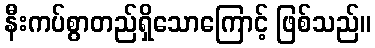
နီးကပ်စွာတည်ရှိသောကြောင့် ဖြစ်သည်။